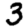
Digit: 3